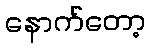
နောက်တော့